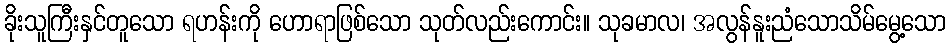
ခိုးသူကြီးနှင်တူသော ရဟန်းကို ဟောရာဖြစ်သော သုတ်လည်းကောင်း။ သုခမာလ၊ အလွန်နူးညံသောသိမ်မွေ့သော